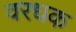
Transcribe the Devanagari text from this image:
वरधक